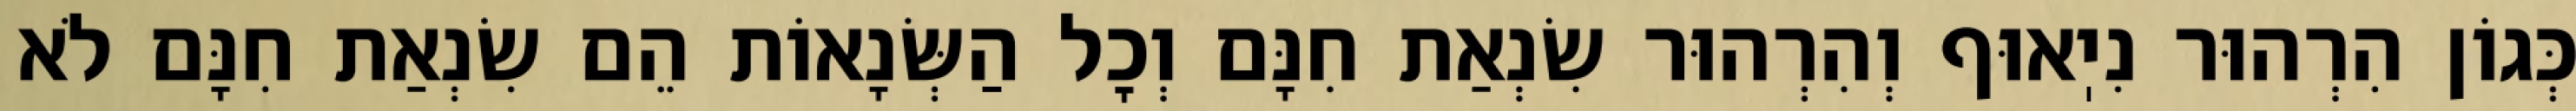
כְּגוֹן הִרְהוּר נִיֽאוּף וְהִרְהוּר שִׂנְאַת חִנָּם וְכׇל הַשְּׂנָאוֹת הֵם שִׂנְאַת חִנָּם לֹא